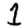
Digit: 1